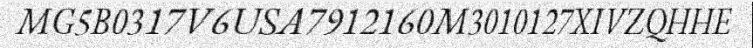
MG5B0317V6USA7912160M3010127XIVZQHHE